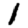
Digit: 1